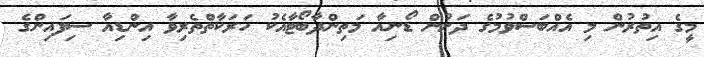
މީގެ އިތުރުން މި އެއްބަސްވުމުގެ ދަށުން ޑޯނިއާ މަތިންދާބޯޓާއެކު ހަރަކާތްތެރިވާ އިންޑިއާ ސިފައިންގެ